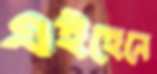
এইহেনে